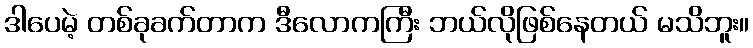
ဒါပေမဲ့ တစ်ခုခက်တာက ဒီလောကကြီး ဘယ်လိုဖြစ်နေတယ် မသိဘူး။